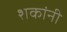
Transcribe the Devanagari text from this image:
शकांनी